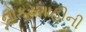
નોકરશાહીની